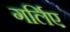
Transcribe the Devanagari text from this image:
गर्लिए